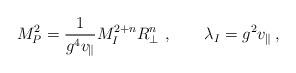
\begin{align*}M_P^2=\frac{1}{g^4 v_\parallel}M_I^{2+n}R_\perp^n\ ,\qquad\lambda_I =g^2 v_\parallel\, ,\end{align*}